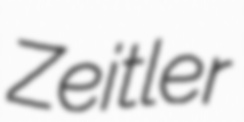
Zeitler